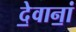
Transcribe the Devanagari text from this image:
दे॒वानां॒